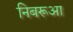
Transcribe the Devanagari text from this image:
निबरूआ